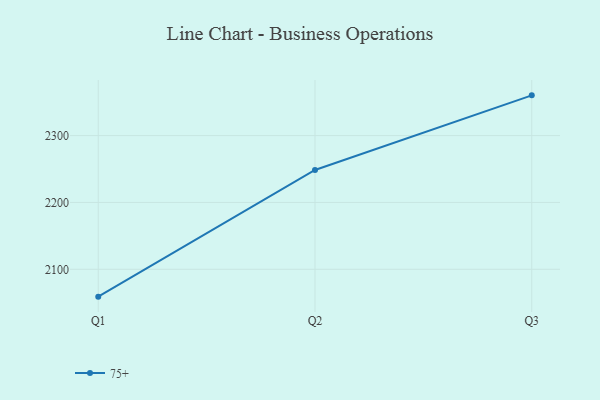
{"axis": {"x": "Quarter", "y": "Gross Profit (USD K)"}, "legend": ["75+"], "data": [{"x": "Q1", "y": 2059.1, "type": "75+"}, {"x": "Q2", "y": 2248.6, "type": "75+"}, {"x": "Q3", "y": 2360.2, "type": "75+"}]}